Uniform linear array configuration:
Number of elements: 8
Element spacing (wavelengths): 0.25
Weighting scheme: hann
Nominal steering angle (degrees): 60
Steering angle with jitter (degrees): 58.685
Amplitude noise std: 0.05
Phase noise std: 0.05

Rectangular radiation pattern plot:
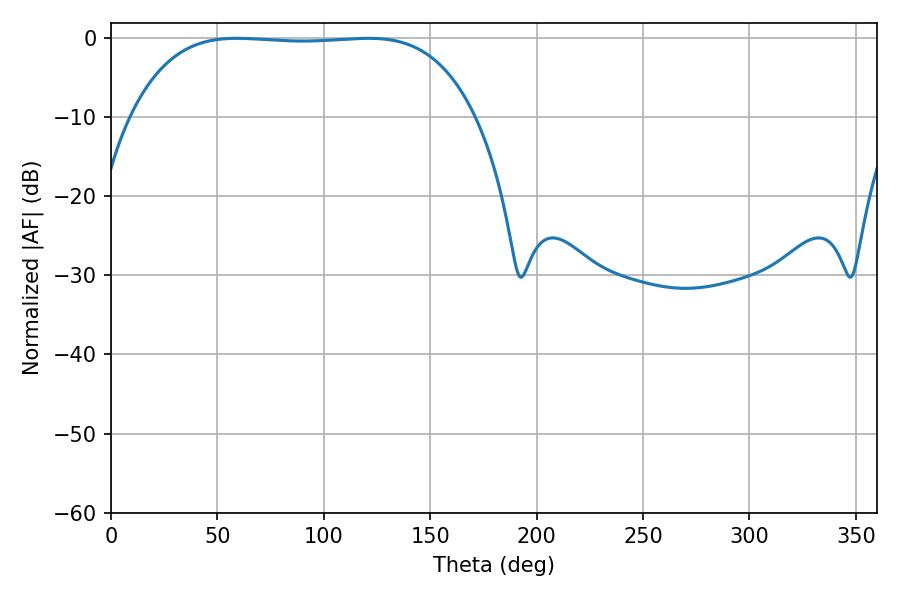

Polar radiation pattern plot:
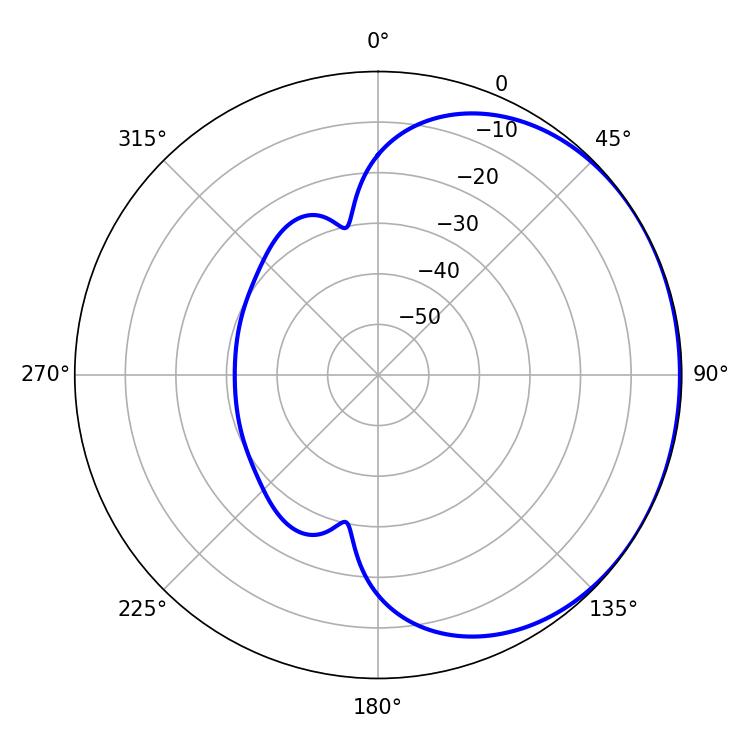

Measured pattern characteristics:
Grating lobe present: FALSE
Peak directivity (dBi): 0.718
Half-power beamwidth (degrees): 126.36
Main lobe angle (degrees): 120.78